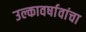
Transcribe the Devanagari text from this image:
उल्कावर्षावांचा